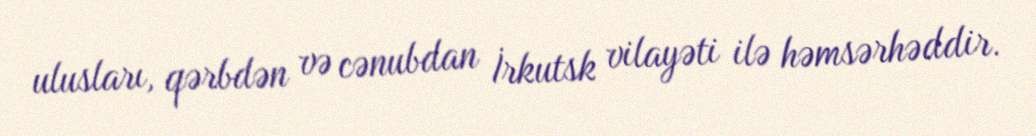
ulusları, qərbdən və cənubdan İrkutsk vilayəti ilə həmsərhəddir.